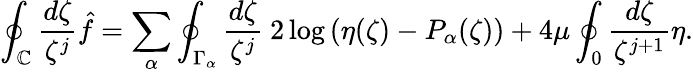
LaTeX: \oint_{\mathbb{C}}\frac{{d\zeta}}{{\zeta^{j}}}\hat{{f}}=\sum_{\alpha}\oint_{\Gamma_{\alpha}}\frac{{d\zeta}}{{\zeta^{j}}}\ 2\log\left(\eta(\zeta)-P_{\alpha}(\zeta)\right)+4\mu\oint_{0}\frac{{d\zeta}}{{\zeta^{j+1}}}\eta.